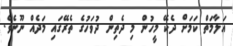
އަލާމަތް ކަމަށް ދެކޭ މީހުން މި ދެތިން ދުވަހުގެ ތެރޭގައި މަދެއް ނޫނެވެ.